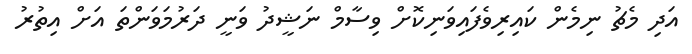
އަދި މެޗު ނިމެން ކައިރިވެފައިވަނިކޮށް ވިސާމް ނަޝީދު ވަނީ ދަރުމަވަންތަ އަށް އިތުރު